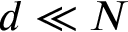
d \ll N